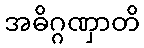
အဓိဂ္ဂဏှာတိ